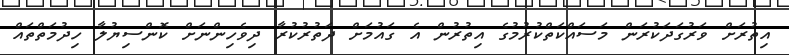
އިތުރަށް ވަރުގަދަކުރަން މަސައްކަތްކުރުމުގެ އިތުރުން އެ ގައުމަށް ދަތުރުކުރާ ދިވެހިންނަށް ކޮންސިޔުލާ ހިދުމަތްތައް